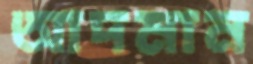
আদমান